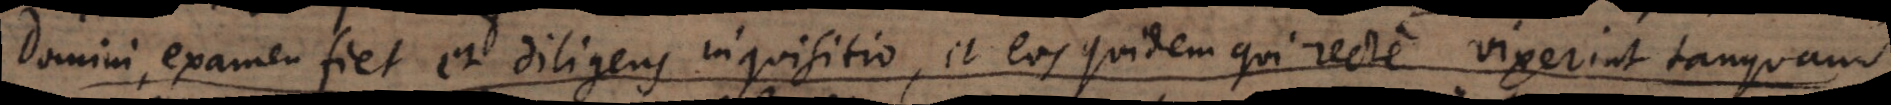
Domini, examen fiet et diligens inquisitio, et eos quidem qui recte vixerint tanquam